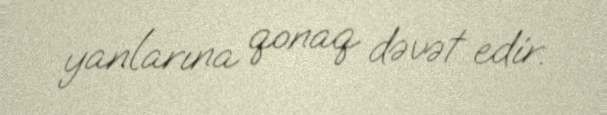
yanlarına qonaq dəvət edir.